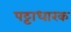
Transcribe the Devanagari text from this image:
पट्टाधारक